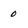
Character: 0